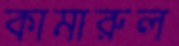
কামারুল